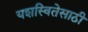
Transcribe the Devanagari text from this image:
यशस्वितेसाठी